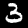
Digit: 3